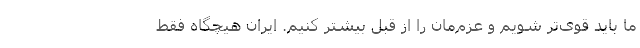
ما باید قوی‌تر شویم و عزم‌مان را از قبل بیشتر کنیم. ایران هیچگاه فقط